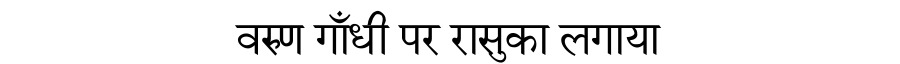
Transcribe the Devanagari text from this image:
वरुण गाँधी पर रासुका लगाया